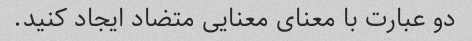
دو عبارت با معنای معنایی متضاد ایجاد کنید.